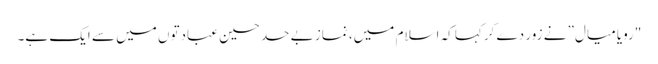
"رویا میال” نے زور دے کرکہا کہ اسلام میں، نماز بے حد حسین عبادتوں میں سے ایک ہے۔